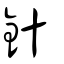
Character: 針